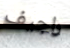
راجيف